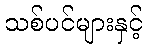
သစ်ပင်များနှင့်